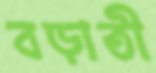
বড়াতী